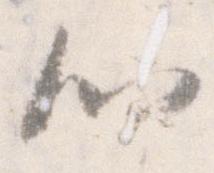
心